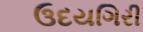
ઉદયગિરી